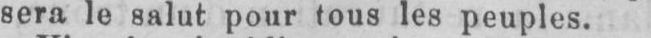
sera le salut pour tous les peuples.